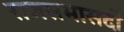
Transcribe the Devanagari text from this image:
राजसभासदों